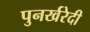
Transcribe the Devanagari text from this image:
पुनर्खरेदी